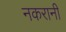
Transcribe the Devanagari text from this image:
नकरानी